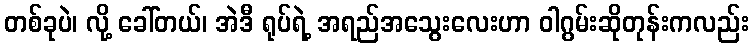
တစ်ခုပဲ၊ လို့ ခေါ်တယ်၊ အဲဒီ ရုပ်ရဲ့ အရည်အသွေးလေးဟာ ဝါဂွမ်းဆိုတုန်းကလည်း